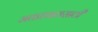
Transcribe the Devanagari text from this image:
मतप्रचारासाठी